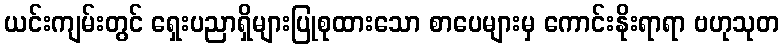
ယင်းကျမ်းတွင် ရှေးပညာရှိများပြုစုထားသော စာပေများမှ ကောင်းနိုးရာရာ ဗဟုသုတ